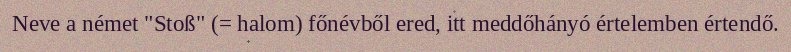
Neve a német "Stoß" (= halom) főnévből ered, itt meddőhányó értelemben értendő.